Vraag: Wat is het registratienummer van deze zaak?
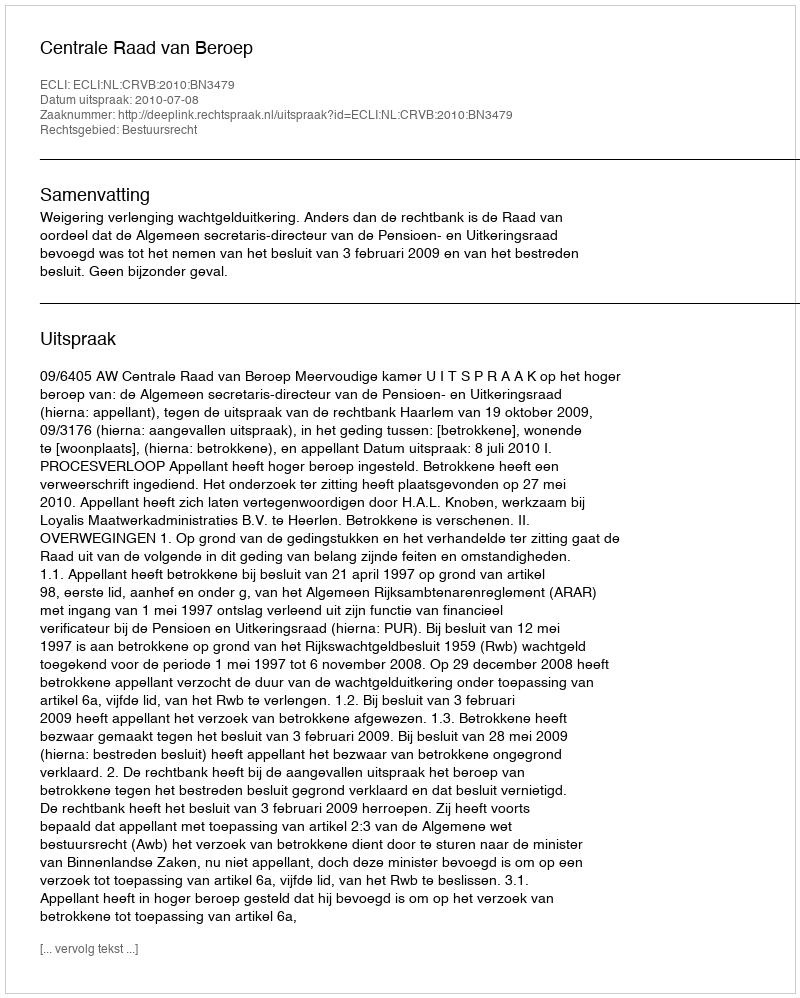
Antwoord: http://deeplink.rechtspraak.nl/uitspraak?id=ECLI:NL:CRVB:2010:BN3479